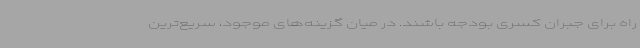
راه برای جبران کسری بودجه باشند. در میان گزینه‌های موجود، سریع‌ترین